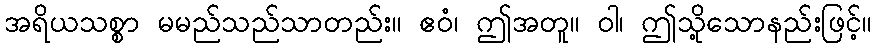
အရိယသစ္စာ မမည်သည်သာတည်း။ ဧဝံ၊ ဤအတူ။ ဝါ၊ ဤသို့သောနည်းဖြင့်။